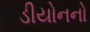
ડીયોનનો